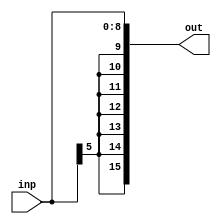
module sign_extn_9bit (inp,out);

input [8:0] inp;
output [15:0] out;

assign out = { {7{inp[5]}},inp };

endmodule